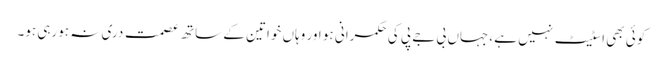
کوئی بھی اسٹیٹ نہیں ہے ،جہاں بی جے پی کی حکمرانی ہو اور وہاں خواتین کے ساتھ عصمت دری نہ ہورہی ہو۔